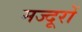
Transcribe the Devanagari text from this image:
मज्दूरों